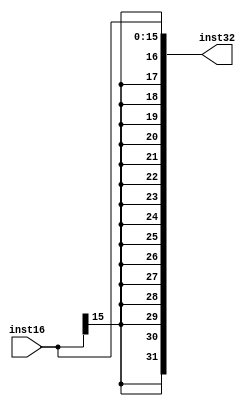
//sign extend

module signExtend(inst16, inst32);
	input wire [15:0] inst16;
	output wire [31:0] inst32;
	
	assign inst32 = {{16{inst16[15]}}, inst16};

endmodule